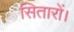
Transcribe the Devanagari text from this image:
सितारों।